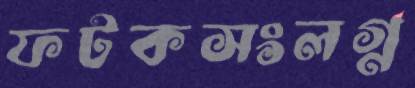
ফটকসংলগ্ন